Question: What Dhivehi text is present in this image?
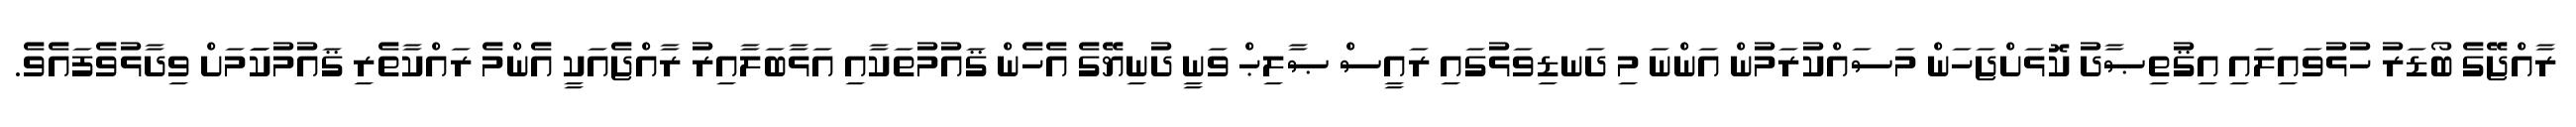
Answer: ރާއްޖޭގެ ބޯޑަރު ހުޅުވައިލައި އިޤުތިޞާދު ކޮޅަށްޖަހަން މަސައްކުރަމުން އަންނަ މި ދަނޑިވަޅުގައި ރައީސް ޞާލިޙް ވަނީ ދުނިޔޭގެ އެހެން ޤައުމުތަކާއި އަޅާބަލާއިރު ރާއްޖެއަކީ އެންމެ ރައްކާތެރި ޤައުމުކަަމަށް ވިދާޅުވެފައެވެ.